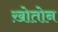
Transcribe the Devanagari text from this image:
ख़ोतोन